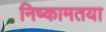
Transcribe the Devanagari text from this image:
निष्कामतया